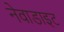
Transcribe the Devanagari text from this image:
नेवाडाइट